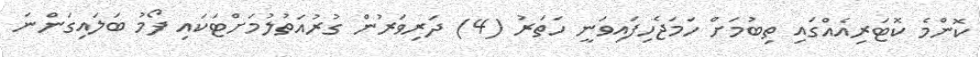
ކޮންމެ ކޮޓަރިއެއްގައި ތިބުމަށް ހަމަޖެހިފައިވަނީ ހަތަރު (4) ދަރިވަރުން ގުރުއަތުލުމަށްޓަކައި ފޯމު ބަލައިގަންނަ